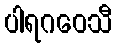
ပါရဂဝေသီ